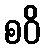
စဝိ